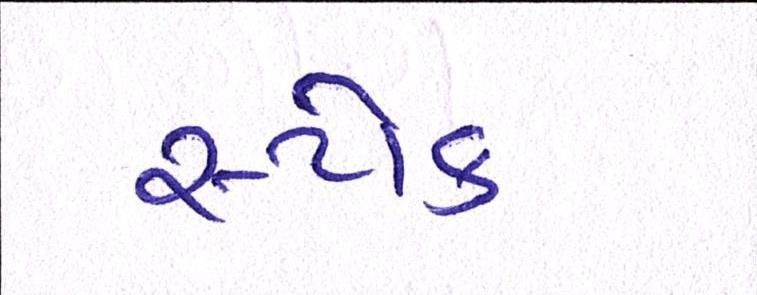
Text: સ્ટોક